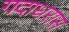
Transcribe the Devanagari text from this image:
गदाधरास